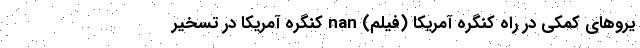
یروهای کمکی در راه کنگره آمریکا (فیلم) nan کنگره آمریکا در تسخیر